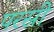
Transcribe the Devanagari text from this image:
परस्री